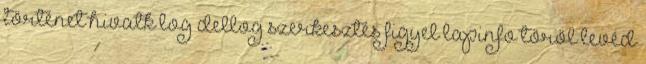
történet hivatk log dellog szerkesztés figyel lapinfo töröl levéd